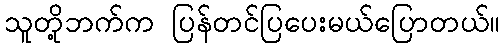
သူတို့ဘက်က ပြန်တင်ပြပေးမယ်ပြောတယ်။